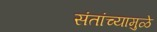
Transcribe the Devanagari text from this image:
संतांच्यामुळे